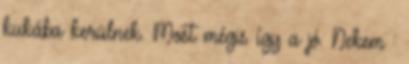
kukába kerülnek. Most mégis így a jó. Nekem :